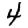
Digit: 4